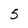
Character: 5